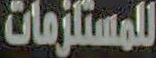
للمستلزمات